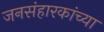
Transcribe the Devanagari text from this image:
जनसंहारकांच्या